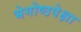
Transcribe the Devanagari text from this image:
भेगोष्ठपेक्षा